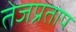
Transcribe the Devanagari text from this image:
तेजप्रताप